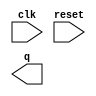
// Build a decade counter that counts from 0 through 9, inclusive, with a period of 10. The reset input is synchronous, and should reset the counter to 0.

module top_module (
    input clk,
    input reset,        // Synchronous active-high reset
    output [3:0] q);

    // Insert your code here

endmodule